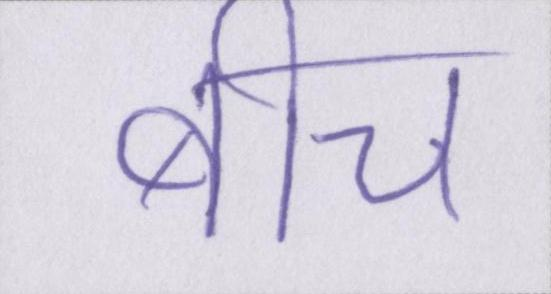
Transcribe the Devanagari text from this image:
बीच